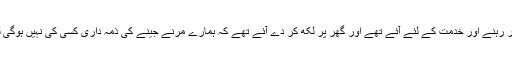
اس نے کہا کہ ہم تو زندگی بھر رہنے اور خدمت کے لئے آئے تھے اور گھر پر لکھ کر دے آئے تھے کہ ہمارے مرنے جینے کی ذمہ داری کسی کی نہیں ہوگی لیکن پولیس خالی کرا رہی ہے۔